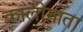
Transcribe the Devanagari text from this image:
कालीमाता